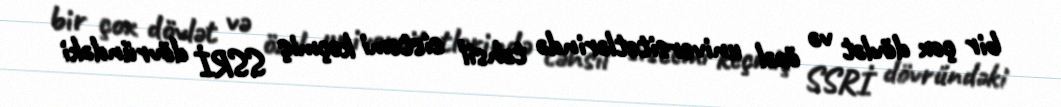
bir çox dövlət və özəl universitetlərində təhsil sistemi keçmiş SSRİ dövründəki